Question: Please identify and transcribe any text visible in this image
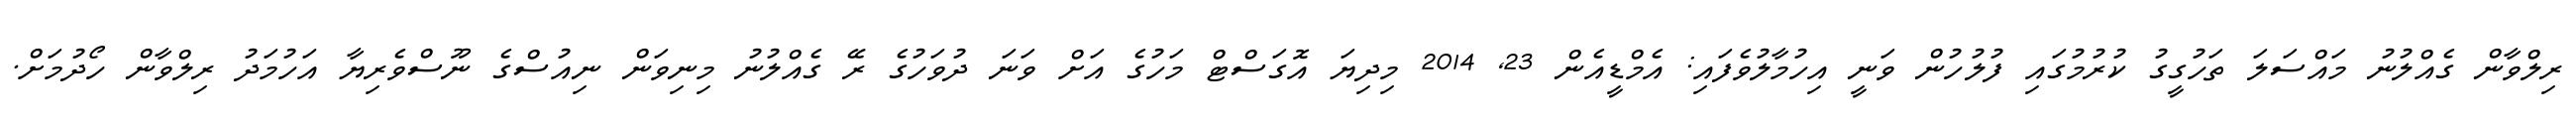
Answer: ރިލްވާން ގެއްލުނު މައްސަލަ ތަހުގީގު ކުރުމުގައި ފުލުހުން ވަނީ އިހުމާލުވެފައި: އެމްޑީއެން 23, 2014 މިދިޔަ އޮގަސްޓް މަހުގެ އަށް ވަނަ ދުވަހުގެ ރޭ ގެއްލުނު މިނިވަން ނިއުސްގެ ނޫސްވެރިޔާ އަހުމަދު ރިލްވާން ހޯދުމަށް.